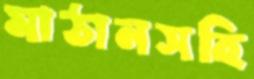
মাঠানসহি